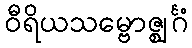
ဝီရိယသမ္ဗောဇ္ဈင်္ဂံ